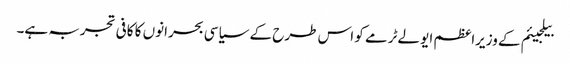
بیلجیئم کے وزیراعظم ایو لےٹرمے کو اس طرح کے سیاسی بحرانوں کا کافی تجربہ ہے۔